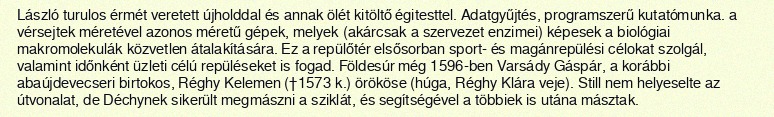
László turulos érmét veretett újholddal és annak ölét kitöltő égitesttel. Adatgyűjtés, programszerű kutatómunka. a vérsejtek méretével azonos méretű gépek, melyek (akárcsak a szervezet enzimei) képesek a biológiai makromolekulák közvetlen átalakítására. Ez a repülőtér elsősorban sport- és magánrepülési célokat szolgál, valamint időnként üzleti célú repüléseket is fogad. Földesúr még 1596-ben Varsády Gáspár, a korábbi abaújdevecseri birtokos, Réghy Kelemen (†1573 k.) örököse (húga, Réghy Klára veje). Still nem helyeselte az útvonalat, de Déchynek sikerült megmászni a sziklát, és segítségével a többiek is utána másztak.